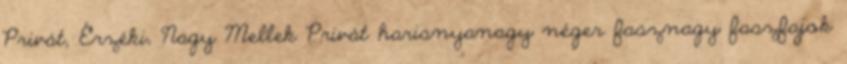
Privát, Érzéki, Nagy Mellek Privát harisnyanagy néger fasznagy faszfajok